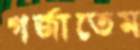
গর্জাতেম